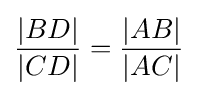
{\frac {|BD|}{|CD|}}={\frac {|AB|}{|AC|}}